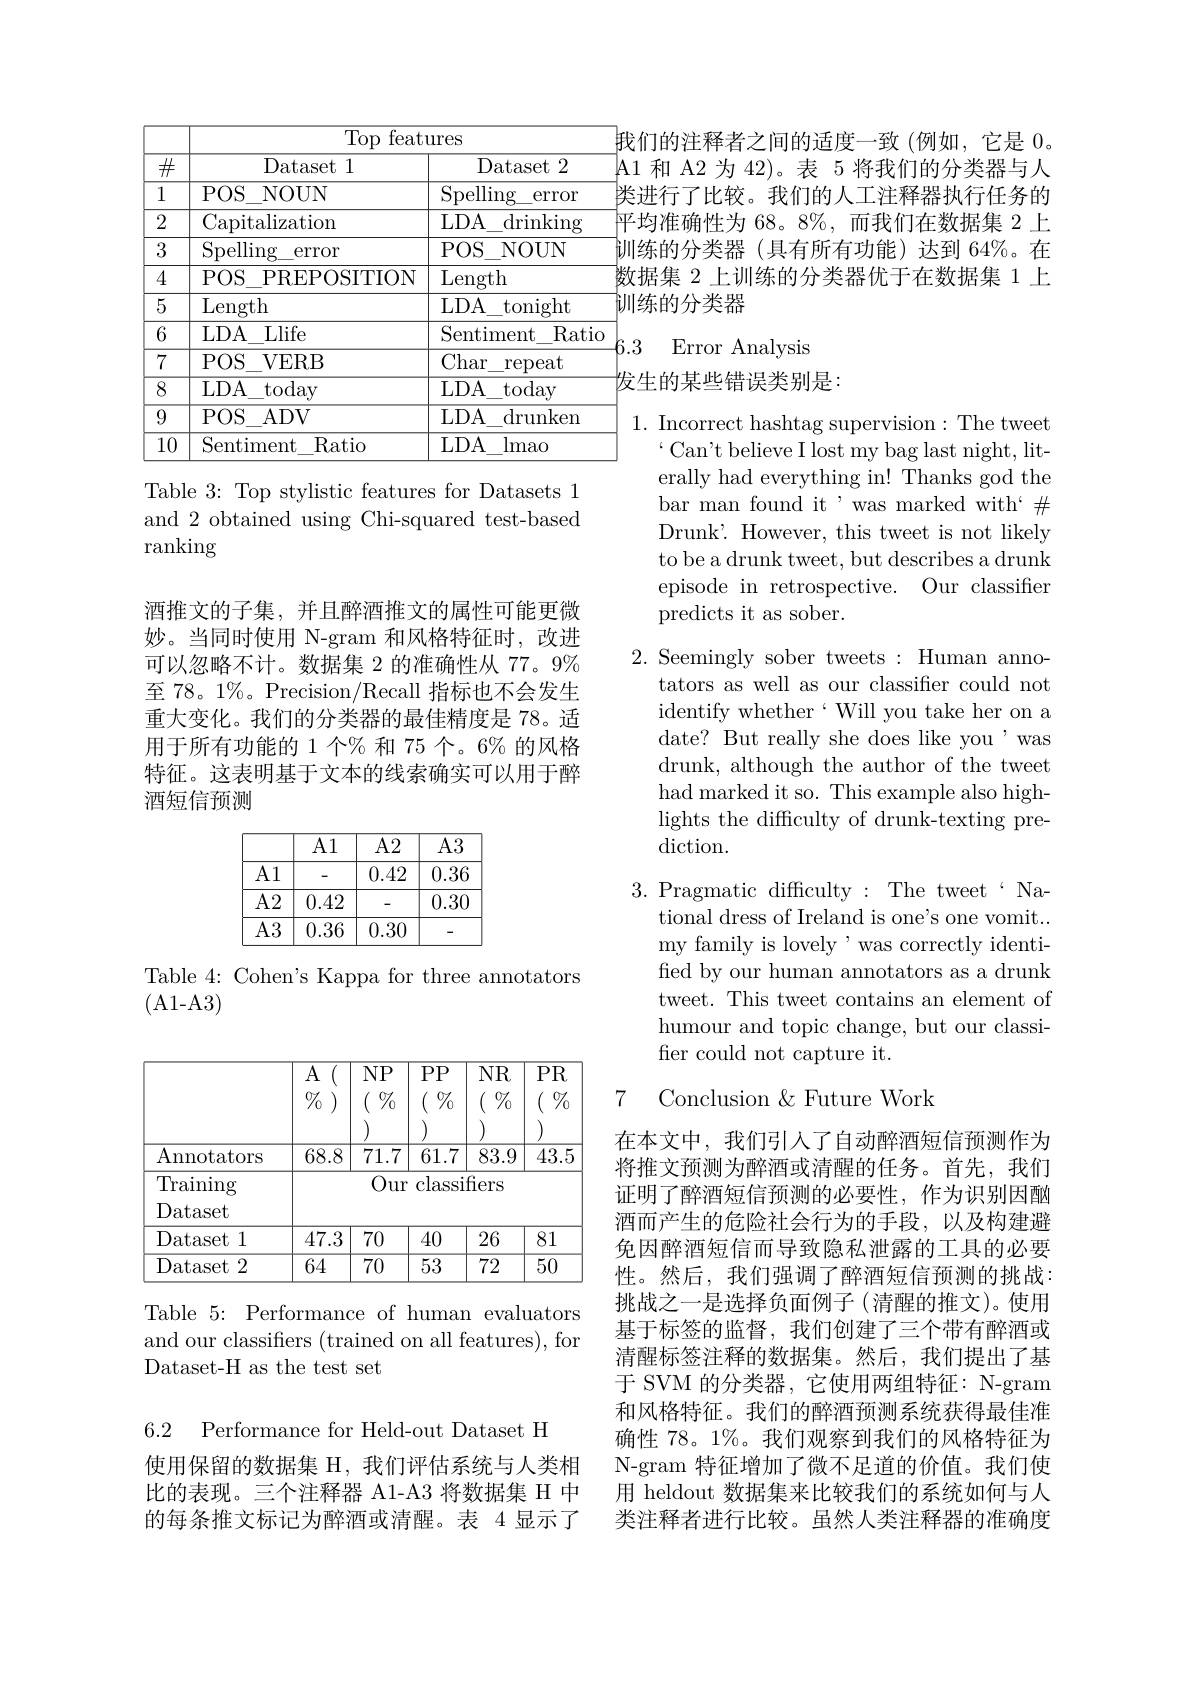
<table>
	<tbody>
		<tr>
			<th> </th>
			<th colspan="2">Top features</th>
		</tr>
		<tr>
			<th>$\overline{\#}$</th>
			<th>Dataset 1</th>
			<th>Dataset 2</th>
		</tr>
		<tr>
			<td>1</td>
			<td>$POS$ NOUN</td>
			<td>Spelling $\operatorname{error}$</td>
		</tr>
		<tr>
			<td>2</td>
			<td>Capitalization</td>
			<td>LDA $\operatorname{drinking}$</td>
		</tr>
		<tr>
			<td>3</td>
			<td>Spelling $\operatorname{error}$</td>
			<td>$POS$ NOUN</td>
		</tr>
		<tr>
			<td>4</td>
			<td>$POS$ PREPOSITION</td>
			<td>Length</td>
		</tr>
		<tr>
			<td>5</td>
			<td>Length</td>
			<td>LDA tonight</td>
		</tr>
		<tr>
			<td>6</td>
			<td>$LDA$ Llife</td>
			<td>Sentiment Ratic</td>
		</tr>
		<tr>
			<td>7</td>
			<td>$POS.$ $i$ $V$ERB</td>
			<td>Char $\operatorname{repeat}$</td>
		</tr>
		<tr>
			<td>8</td>
			<td>LDA $\underline{today}$</td>
			<td>LDA $\underline{today}$</td>
		</tr>
		<tr>
			<td>9</td>
			<td>$POS.$ $s_{- }$ADV</td>
			<td>$LDA$ $\operatorname{drunken}$</td>
		</tr>
		<tr>
			<td>$\overline{10}$</td>
			<td>Sentiment Ratio</td>
			<td>$LDA$ lmao</td>
		</tr>
	</tbody>
</table>

Table 3: Top stylistic features for Datasets 1 and 2 obtained using Chi-squared test-based ranking

酒推文的子集，并且醉酒推文的属性可能更微妙。当同时使用 N-gram 和风格特征时，改进可以忽略不计。数据集 2 的准确性从 77。9% 至 78。1%。Precision/Recall 指标也不会发生重大变化。我们的分类器的最佳精度是 78。适用于所有功能的 1 个% 和 75 个。6% 的风格特征。这表明基于文本的线索确实可以用于醉酒短信预测

Table 4: Cohen's Kappa for three annotators
(A1-A3)

Table 5: Performance of human evaluators and our classifiers (trained on all features), for Dataset-H as the test set

6.2 Performance for Held-out Dataset H

使用保留的数据集 H, 我们评估系统与人类相比的表现。三个注释器 A1-A3 将数据集 H 中的每条推文标记为醉酒或清醒。表 4 显示了

我们的注释者之间的适度一致(例如，它是 0。|A1 和 A2 为 42)。表 5 将我们的分类器与人类进行了比较。我们的人工注释器执行任务的]平均准确性为 68。8%,而我们在数据集 2 上训练的分类器(具有所有功能)达到 64%。在数据集 2 上训练的分类器优于在数据集 1 上{[}训练的分类器

Error Analysis
发生的某些错误类别是：

1. Incorrect hashtag supervision: The tweet
$`$Can't believe I lost my bag last night, literally had everything in! Thanks god the bar man found it ,was marked with` # Drunk'. However, this tweet is not likely to be a drunk tweet, but describes a drunk episode in retrospective. Our classifier predicts it as sober.

2. Seemingly sober tweets: Human anno-
tators as well as our classifier could not identify whether‘Will you take her on a date? But really she does like you ,was drunk, although the author of the tweet had marked it so. This example also highlights the difficulty of drunk-texting prediction.

3. Pragmatic difficulty:The tweet‘Na-
tional dress of Ireland is one's one vomit. my family is lovely 'was correctly identified by our human annotators as a drunk tweet. This tweet contains an element of humour and topic change, but our classifier could not capture it.

### 7 Conclusion &Future Work

在本文中，我们引入了自动醉酒短信预测作为将推文预测为醉酒或清醒的任务。首先，我们证明了醉酒短信预测的必要性，作为识别因酗酒而产生的危险社会行为的手段，以及构建避免因醉酒短信而导致隐私泄露的工具的必要性。然后，我们强调了醉酒短信预测的挑战： 挑战之一是选择负面例子(清醒的推文)。使用基于标签的监督，我们创建了三个带有醉酒或清醒标签注释的数据集。然后，我们提出了基于 SVM 的分类器，它使用两组特征：N-gram 和风格特征。我们的醉酒预测系统获得最佳准确性 78。1%。我们观察到我们的风格特征为N-gram 特征增加了微不足道的价值。我们使用 heldout 数据集来比较我们的系统如何与人类注释者进行比较。虽然人类注释器的准确度